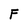
Character: F